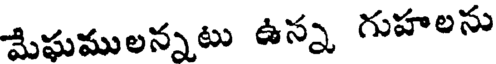
మేఘములన్నటు ఉన్న గుహలను